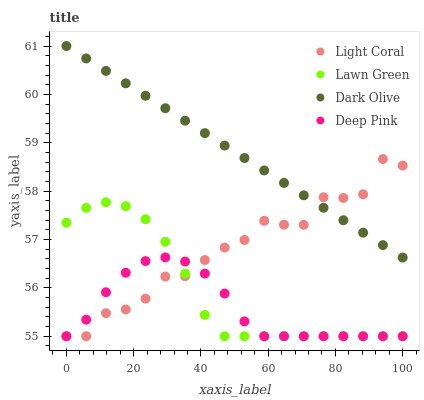
| xaxis_label | Light Coral | Lawn Green | Dark Olive | Deep Pink |
 | --- | --- | --- | --- | --- |
 | 0 | 55 | 57.3 | 61 | 55 |
 | 5.88 | 55 | 57.7 | 60.7 | 55.3 |
 | 11.8 | 55.5 | 57.8 | 60.5 | 55.9 |
 | 17.6 | 55.6 | 57.7 | 60.2 | 56.3 |
 | 23.5 | 55.8 | 57.4 | 60 | 56.6 |
 | 29.4 | 56.2 | 57 | 59.7 | 56.6 |
 | 35.3 | 56.2 | 56.3 | 59.5 | 56.5 |
 | 41.2 | 56.6 | 55.4 | 59.2 | 56.3 |
 | 47.1 | 56.8 | 55 | 58.9 | 55.9 |
 | 52.9 | 57 | 55 | 58.7 | 55.3 |
 | 58.8 | 57.4 | 55 | 58.4 | 55 |
 | 64.7 | 57.3 | 55 | 58.2 | 55 |
 | 70.6 | 57.3 | 55 | 57.9 | 55 |
 | 76.5 | 57.9 | 55 | 57.7 | 55 |
 | 82.4 | 57.9 | 55 | 57.4 | 55 |
 | 88.2 | 57.9 | 55 | 57.1 | 55 |
 | 94.1 | 58.7 | 55 | 56.9 | 55 |
 | 100 | 58.5 | 55 | 56.6 | 55 |